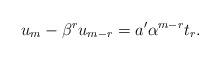
LaTeX: \begin{align*} u_m-\beta^ru_{m-r}=a'\alpha^{m-r}t_r.\end{align*}